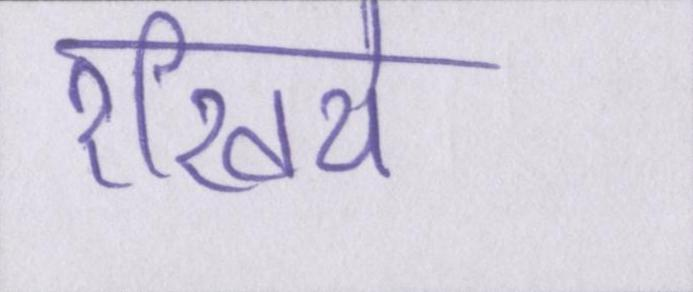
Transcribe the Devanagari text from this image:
रखिये